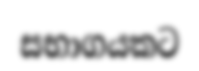
සභාගයකට